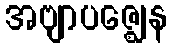
အဗျာပဇ္ဈေန